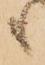
も